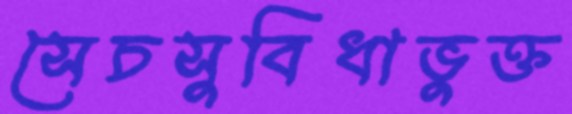
সেচসুবিধাভুক্ত